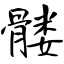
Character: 髅